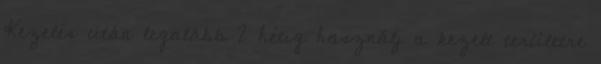
Kezelés után legalább 2 hétig használj a kezelt területre